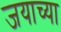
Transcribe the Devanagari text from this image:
जयाच्या